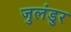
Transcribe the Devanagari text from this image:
जुलंडुर